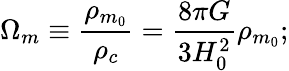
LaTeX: \Omega_{m}\equiv{\frac{\rho_{m_{0}}}{\rho_{c}}}={\frac{8\pi G}{3H_{0}^{2}}}\rho_{m_{0}};